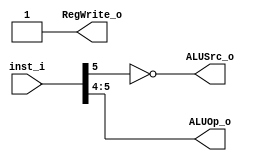
module Control
(
    input [6:0] inst_i,
    output [1:0] ALUOp_o,
    output ALUSrc_o, RegWrite_o
);
    assign ALUOp_o = inst_i[5:4];
    assign ALUSrc_o = ~inst_i[5];
    assign RegWrite_o = 1'b1;
endmodule